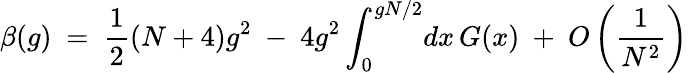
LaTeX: \beta(g)~=~\frac{1}{2}(N+4)g^{2}~-~4g^{2}\int_{0}^{gN/2}\! dx\, G(x)~+~O\left(\frac{1}{N^{2}}\right)